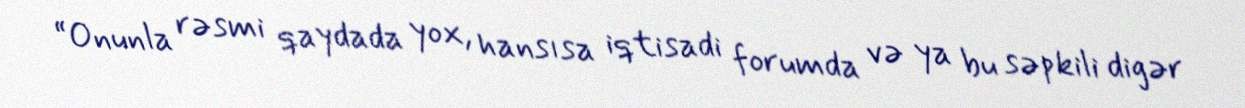
“Onunla rəsmi qaydada yox, hansısa iqtisadi forumda və ya bu səpkili digər